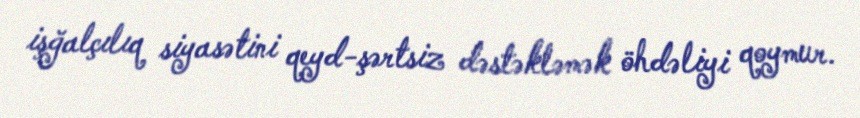
işğalçılıq siyasətini qeyd-şərtsiz dəstəkləmək öhdəliyi qoymur.